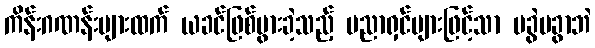
ကိန်းဂဏန်းများထက် ယခင်ဖြစ်ပွားခဲ့သည့် ပညာရှင်များဖြင့်သာ မခွဲမခွာဘဲ